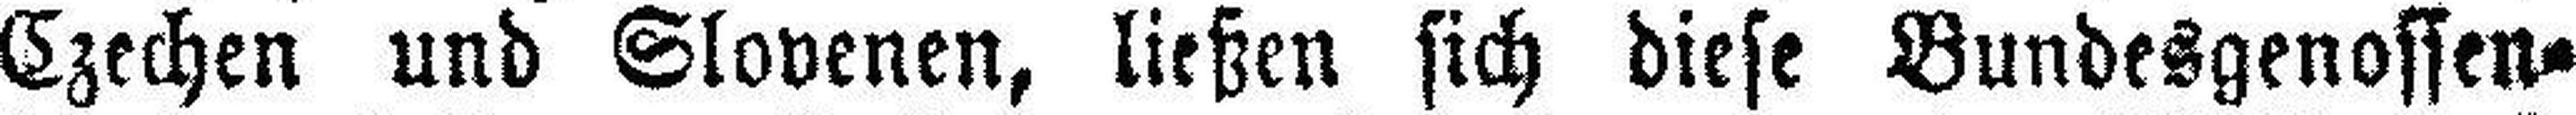
Czechen und Slovenen, ließen sich diese Bundesgenossen¬